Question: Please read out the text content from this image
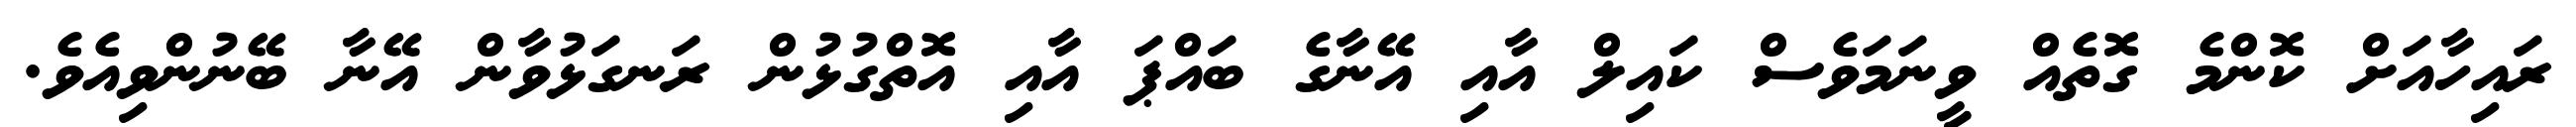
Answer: ރައިހާއަށް ކޮންމެ ގޮތެއް ވީނަމަވެސް ކައިލް އާއި އޭނާގެ ބައްޕަ އާއި އޮތްގުޅުން ރަނގަޅުވާން އޭނާ ބޭނުންވިއެވެ.